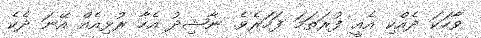
ވާހަކަ ދެއްކި އެއީ ފުރަތަމަ ފަހަރެވެ. ނާޝިދު އެހާ ރުޅިއެއް އޭނަ ދެކެ